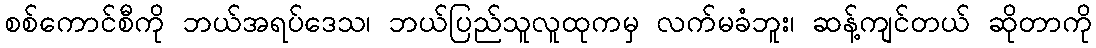
စစ်ကောင်စီကို ဘယ်အရပ်ဒေသ၊ ဘယ်ပြည်သူလူထုကမှ လက်မခံဘူး၊ ဆန့်ကျင်တယ် ဆိုတာကို